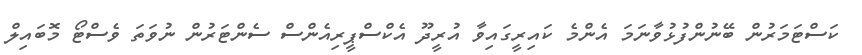
ކަސްޓަމަރުން ބޭނުންފުޅުވާނަމަ އެންމެ ކައިރީގައިވާ އުރީދޫ އެކްސްޕީރިއެންސް ސެންޓަރުން ނުވަތަ ވެސްޓޯ މޮބައިލް